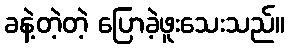
ခနဲ့တဲ့တဲ့ ပြောခဲ့ဖူးသေးသည်။